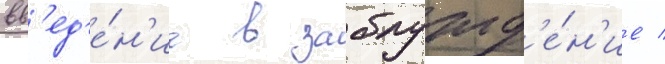
вв'ед'е́н'ие в заблужд'е́н'ие /